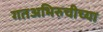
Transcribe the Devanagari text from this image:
गतअभिरुचीच्या